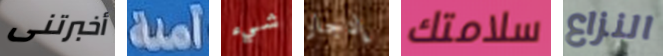
أخبرتنى آمنة شيء إدجار سلامتك النزاع